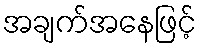
အချက်အနေဖြင့်